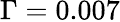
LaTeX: \Gamma=0.007